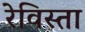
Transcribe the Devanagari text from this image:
रेविस्ता